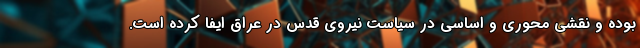
بوده و نقشی محوری و اساسی در سیاست نیروی قدس در عراق ایفا کرده است.